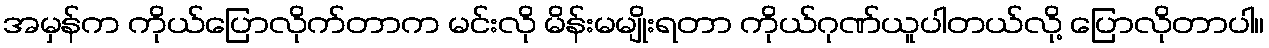
အမှန်က ကိုယ်ပြောလိုက်တာက မင်းလို မိန်းမမျိုးရတာ ကိုယ်ဂုဏ်ယူပါတယ်လို့ ပြောလိုတာပါ။